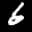
Label: 6